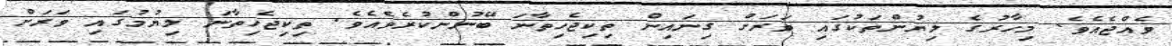
ވެއްޖެއެވެ. މިހާރުގެ ލިޔުންތަކުގައި ވަރަށް ގިނައިން ތިކިޖެހިތާނަ ބޭނުންކުރެވެއެވެ. ތިކިޖެހިތާނަ ލިޔުމުގައި ވަރަށް